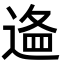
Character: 𨔔